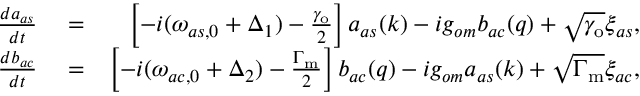
\begin{array} { r l r } { \frac { d a _ { a s } } { d t } } & { { } = } & { \left[ - i ( \omega _ { a s , 0 } + \Delta _ { 1 } ) - \frac { \gamma _ { \mathrm { o } } } { 2 } \right] a _ { a s } ( k ) - i g _ { o m } b _ { a c } ( q ) + \sqrt { \gamma _ { \mathrm { o } } } \xi _ { a s } , } \\ { \frac { d b _ { a c } } { d t } } & { { } = } & { \left[ - i ( \omega _ { a c , 0 } + \Delta _ { 2 } ) - \frac { \Gamma _ { \mathrm { m } } } { 2 } \right] b _ { a c } ( q ) - i g _ { o m } a _ { a s } ( k ) + \sqrt { \Gamma _ { \mathrm { m } } } \xi _ { a c } , } \end{array}